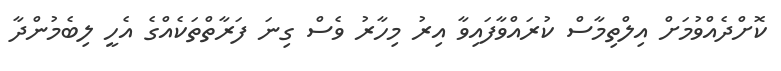
ކޮށްދެއްވުމަށް އިލްތިމާސް ކުރައްވާފައިވާ އިރު މިހާރު ވެސް ގިނަ ފަރާތްތަކެއްގެ އެހީ ލިބެމުންދާ